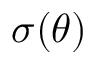
\sigma ( \theta )